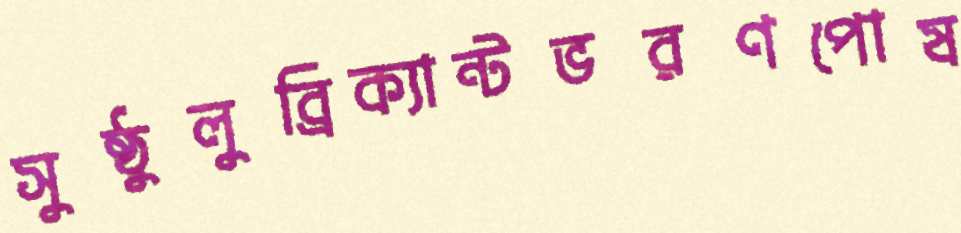
সুষ্ঠুলুব্রিক্যান্টভরণপোষ